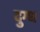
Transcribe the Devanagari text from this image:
दुग्‍ध